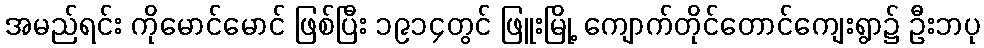
အမည်ရင်း ကိုမောင်မောင် ဖြစ်ပြီး ၁၉၁၄တွင် ဖြူးမြို့ ကျောက်တိုင်တောင်ကျေးရွာ၌ ဦးဘပု